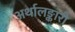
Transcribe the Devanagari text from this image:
अर्थालङ्कारो